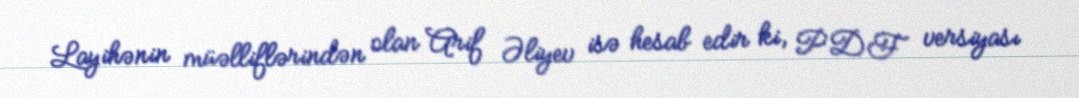
Layihənin müəlliflərindən olan Arif Əliyev isə hesab edir ki, PDF versiyası